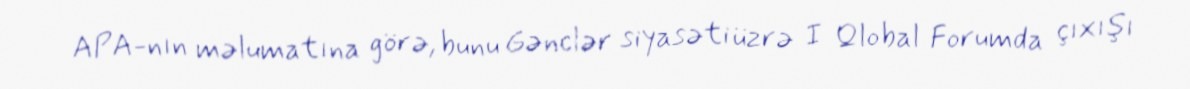
APA-nın məlumatına görə, bunu Gənclər siyasəti üzrə I Qlobal Forumda çıxışı